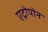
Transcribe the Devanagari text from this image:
एट्रोपोन